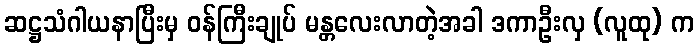
ဆဋ္ဌသံဂါယနာပြီးမှ ဝန်ကြီးချုပ် မန္တလေးလာတဲ့အခါ ဒကာဦးလှ (လူထု) က